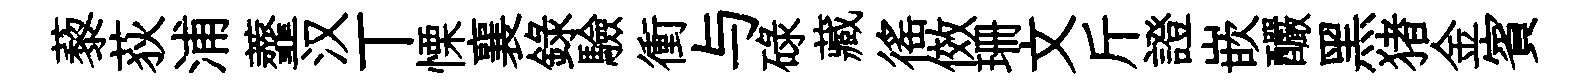
藜荻浦虀汉丅慄襄録驗衝与碌藏徭傚珊文斤證嵌釅黑猪金賓